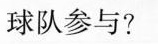
球队参与?